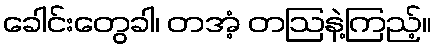
ခေါင်းတွေခါ၊ တအံ့ တဩနဲ့ကြည့်။